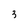
Character: 3